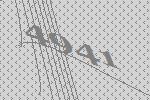
4941